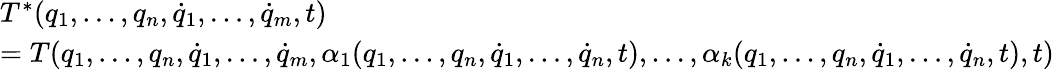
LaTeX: \begin{array}{l}{T^{*}(q_{1},\dots,q_{n},{\dot{q}}_{1},\dots,{\dot{q}}_{m},t)}\\ {=T(q_{1},\dots,q_{n},{\dot{q}}_{1},\dots,{\dot{q}}_{m},\alpha_{1}(q_{1},\dots,q_{n},{\dot{q}}_{1},\dots,{\dot{q}}_{n},t),\dots,\alpha_{k}(q_{1},\dots,q_{n},{\dot{q}}_{1},\dots,{\dot{q}}_{n},t),t)}\end{array}